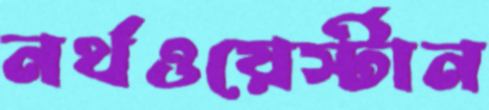
নর্থওয়ের্স্টান